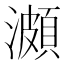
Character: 𤀪